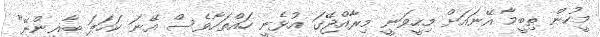
މީހުން ތިބީމާ އޭނައަށް މިހީވަނީ މިރާއްޖޭގަ އުޅެނީ ހައްތަހާވެސް އޭނަ ކަހަލަ ބާޣީންނޭ"